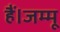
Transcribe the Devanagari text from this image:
हैं।जम्मू